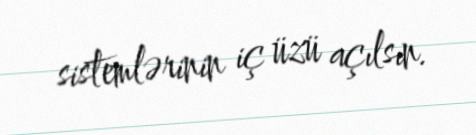
sistemlərinin iç üzü açılsın.